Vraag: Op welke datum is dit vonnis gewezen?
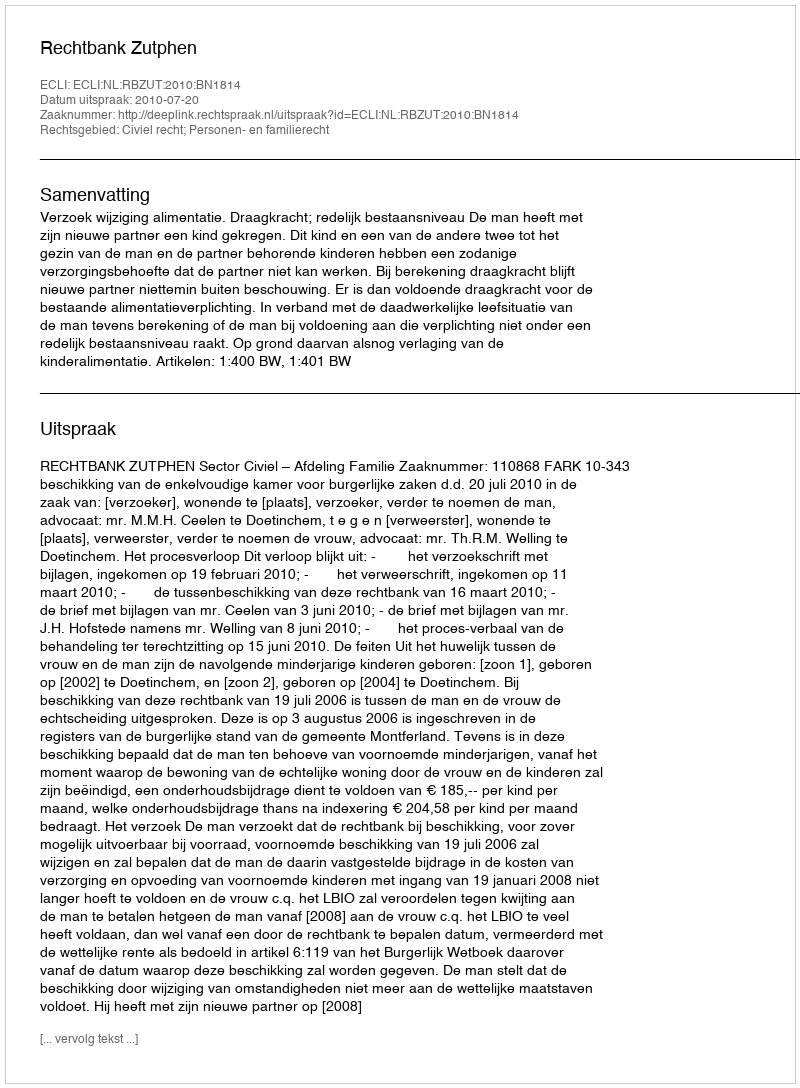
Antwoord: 2010-07-20